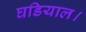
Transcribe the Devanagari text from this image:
घडियाल।